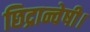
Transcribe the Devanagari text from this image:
छिद्रान्वेषी।